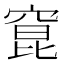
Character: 窤